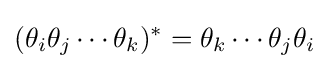
(\theta _{i}\theta _{j}\cdots \theta _{k})^{*}=\theta _{k}\cdots \theta _{j}\theta _{i}